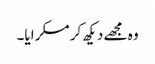
وہ مجھے دیکھ کر مسکرایا۔